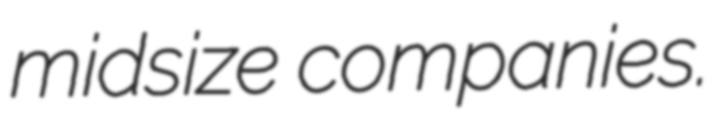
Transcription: midsize companies.